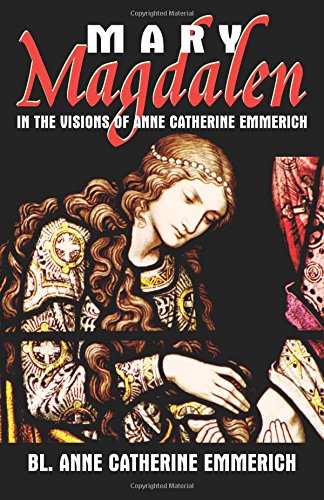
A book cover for Mary Magdalen in the Visions of Anne Catherine Emmerich; Emmerich; Christian Books & Bibles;